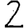
Digit: 2